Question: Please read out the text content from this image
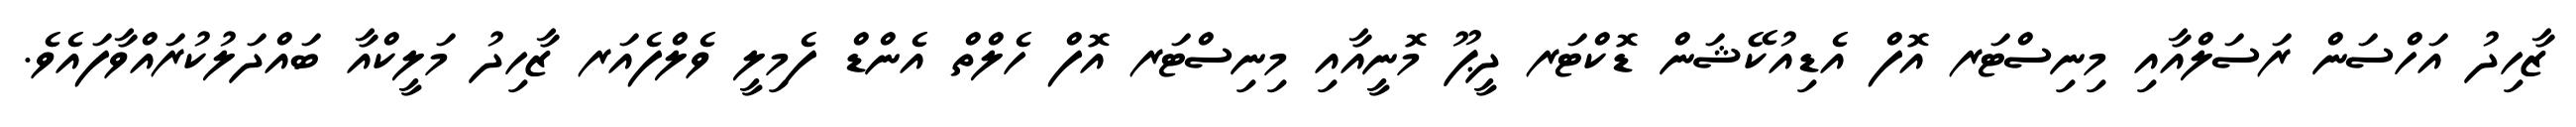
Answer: ޒާހިދު އަހްސަން ރަސަލްއާއި މިނިސްޓަރ އޮފް އެޑިއުކޭޝަން ޑޮކްޓަރ ދީޕޫ މޮނީއާއި މިނިސްޓަރ އޮފް ހެލްތް އެންޑް ފެމިލީ ވެލްފެއަރ ޒާހިދު މަލީކްއާ ބައްދަލުކުރައްވާފައެވެ.